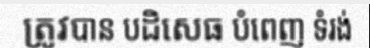
ត្រូវបាន បដិសេធ បំពេញ ទំរង់